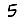
Digit: 5